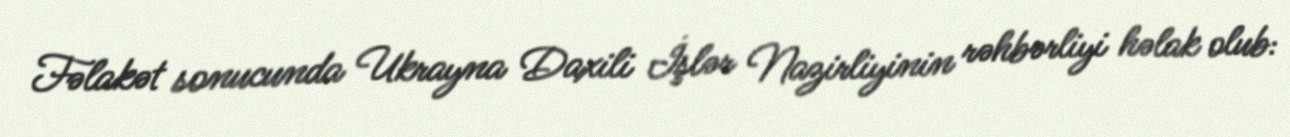
Fəlakət sonucunda Ukrayna Daxili İşlər Nazirliyinin rəhbərliyi həlak olub: